Civil Veterinary Department Bihar reports 1940-50 - 1940-1950
Year: 1940
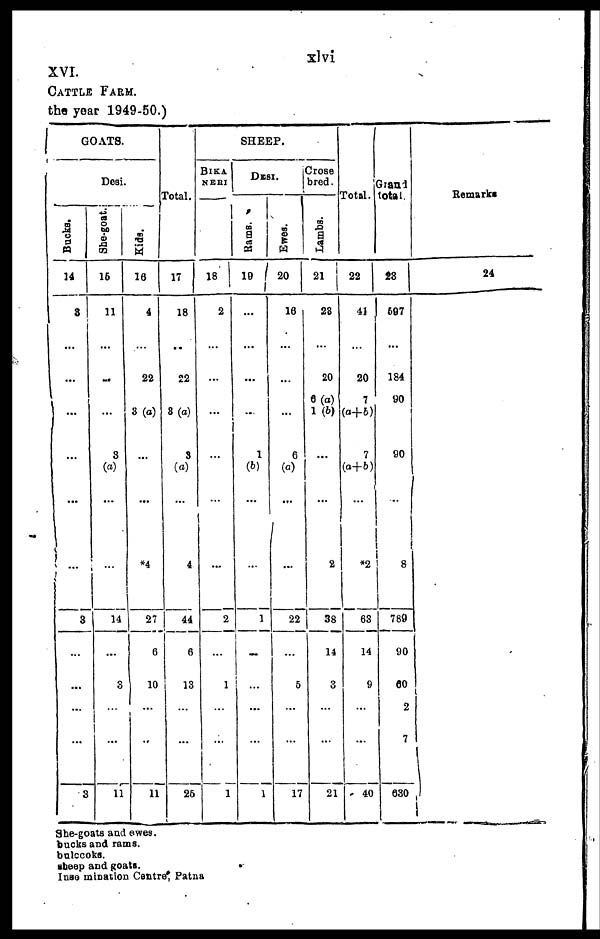
xlvi
XVI.
Cattle Farm.
the year 1949-50.)
GOATS.
Desi
Bucks.
14
8
...
...
…
…
3
…
...
...
…
…
3
She-goat.
15
11
…
…
3
(a)
…
14
...
3
…
…
…
11
Kids.
16
4
22
3 (a)
…
*4
27
6
10
…
…
…
11
Total.
17
18
22
3 (a)
3
(a)
4
44
6
13
…
…
…
25
SHEEP.
BIKA
NERI
18
2
…
...
…
...
2
...
1
…
…
…
1
Desi.
Rams .
19
...
…
...
1
(b)
...
1
…
1
...
…
…
1
Ewes .
20
16
…
...
6
(a)
…
22
...
5
...
…
…
17
Crose
bred.
La mbs .
21
23
20
6 (a)
1 (b)
…
2
38
14
3
…
…
…
21
Total.
22
41
20
7
(a+b)
7
(a+b)
*2
63
14
9
...
…
…
40
Grand
total.
23
597
184
90
…
90
8
789
90
60
2
7
…
630
Remarks
24
She-goats and ewes.
bucks and rams.
bulccoks.
sheep and goats.
Inso mination Centre, Patna